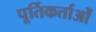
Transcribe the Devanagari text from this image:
पूर्तिकर्ताओं